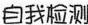
自我检测